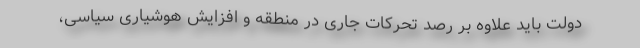
دولت باید علاوه بر رصد تحرکات جاری در منطقه و افزایش هوشیاری سیاسی،